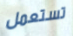
تستعمل